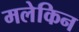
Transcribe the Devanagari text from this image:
मलेकिन